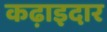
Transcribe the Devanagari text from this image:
कढ़ाइदार